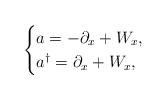
LaTeX: \begin{align*}\begin{cases}a = -\partial_x + W_x ,\\a^{\dagger} = \partial_x + W_x,\end{cases} \end{align*}